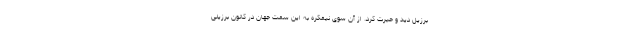
برزیل دید و حیرت کرد. از آن سوی نیمکره به این سمت جهان در کانون برزیلی